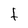
Character: f